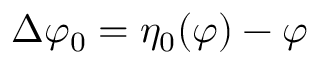
\Delta \varphi _ { 0 } = \eta _ { 0 } ( \varphi ) - \varphi